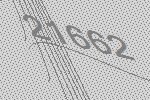
21662